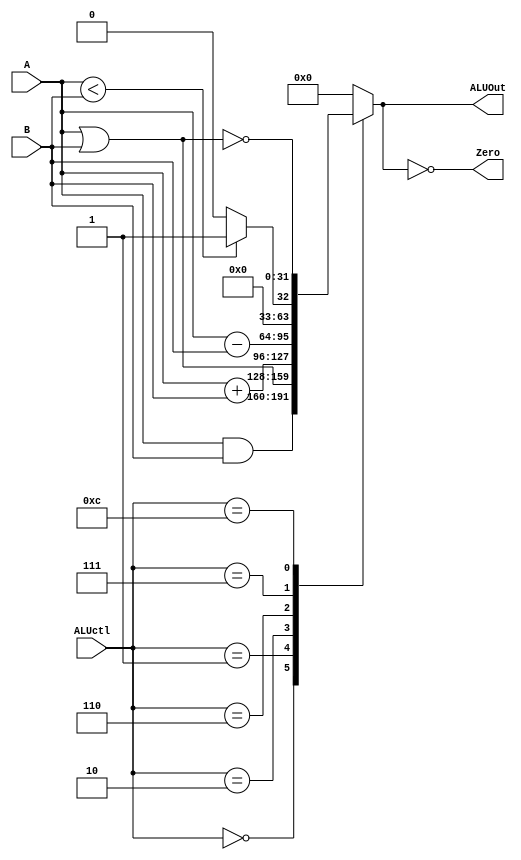
`timescale 1ns / 1ps
//////////////////////////////////////////////////////////////////////////////////
// Company: LSPyC
// 
// Design Name: 
// Module Name:    MIPSALU 
// Project Name: 
// Target Devices: 
// Tool versions: 
// Description: 
// 	Obtenido del libro David A. Patterson, John L. Hennessy - Computer Organization and Design_ The Hardware_Software Interface 5th Edition 
// 	- With all appendices and advanced material. 5-Elsevier (2013)
// 	Apendice B.
// Dependencies: 
//
// Revision: 
// Revision 0.01 - File Created
// Additional Comments: 
//
//////////////////////////////////////////////////////////////////////////////////
module MIPSALU(
	input [3:0] ALUctl,
	input [31:0] A, B,
	output reg [31:0] ALUOut,
	output Zero
	);
	assign Zero = (ALUOut==0); //Zero is true if ALUOut is 0
	always @(ALUctl, A, B) begin // reevaluate if these change
		case (ALUctl)
			0: ALUOut <= A & B;
			1: ALUOut <= A | B; 
			2: ALUOut <= A + B;
			6: ALUOut <= A - B;
			7: ALUOut <= A < B? 1 : 0;
			12: ALUOut <= ~(A | B);  //nor
			default: ALUOut <= 0;	
		endcase
	end
endmodule